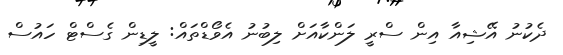
ދެކުނު އޭޝިއާ އިން ސްރީ ލަންކާއަށް ލިބުނު އެވޯޑްތައް: ލީޑިން ގެސްޓް ހައުސް